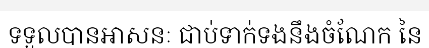
ទទួលបានអាសនៈ ជាប់ទាក់ទងនឹងចំណែក នៃ